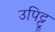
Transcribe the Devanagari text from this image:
उपिट्टू